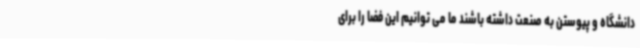
دانشگاه و پیوستن به صنعت داشته باشند ما می توانیم این فضا را برای